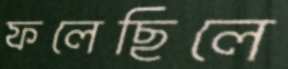
ফলেছিলে